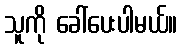
သူကို ခေါ်ပေးပါမယ်။